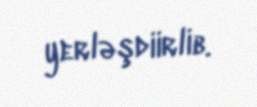
yerləşdiirlib.